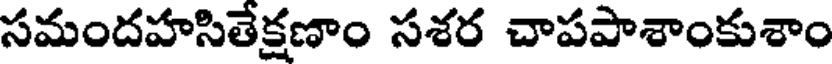
సమందహసితేక్షణాం సశర చాపపాశాంకుశాం